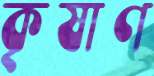
কৃষাণ